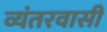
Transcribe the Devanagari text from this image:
व्यंतरवासी